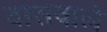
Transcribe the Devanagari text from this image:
वासवाले